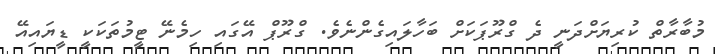
މުބާރާތް ކުރިޔަށްދަނީ ދެ ގްރޫޕަކަށް ބަހާލައިގެންނެވެ. ގްރޫޕް އޭގައި ހިމެނޭ ޓީމުތަކަކީ ޑީޔައިއޭ